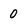
Character: 0